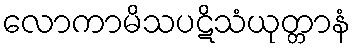
လောကာမိသပဋိသံယုတ္တာနံ